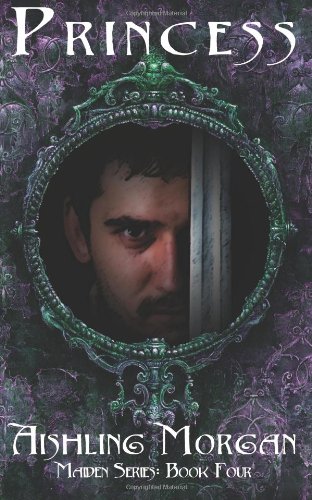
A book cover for Princess: Book Four of the Maiden Series (Volume 4); Aishling Morgan; Romance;